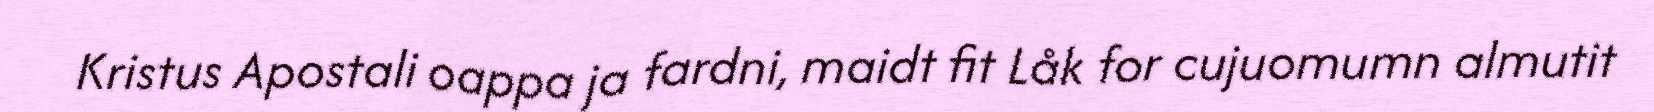
Kristus Apostali oappa ja fardni, maidt fit Låk for cujuomumn almutit